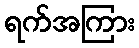
ရက်အကြား